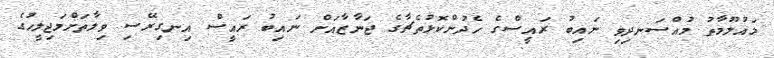
މައުލޫމާތު މުއްސަނދިވި ނައިބު ރައީސްގެ ހެދުންކޮޅުތެޗާގެ ޖަނާޒާއަށް ނައިބު ރައީސް އިނގިރޭސި ވިލާތަށްމަޖިލީހުގެ